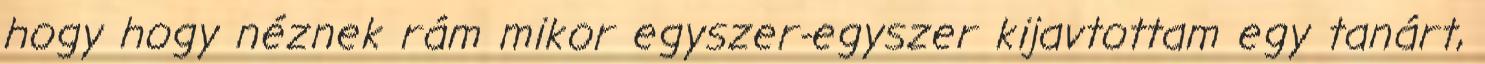
hogy hogy néznek rám mikor egyszer-egyszer kijavtottam egy tanárt,